Scottish Leaving Certificate Examination, 1959
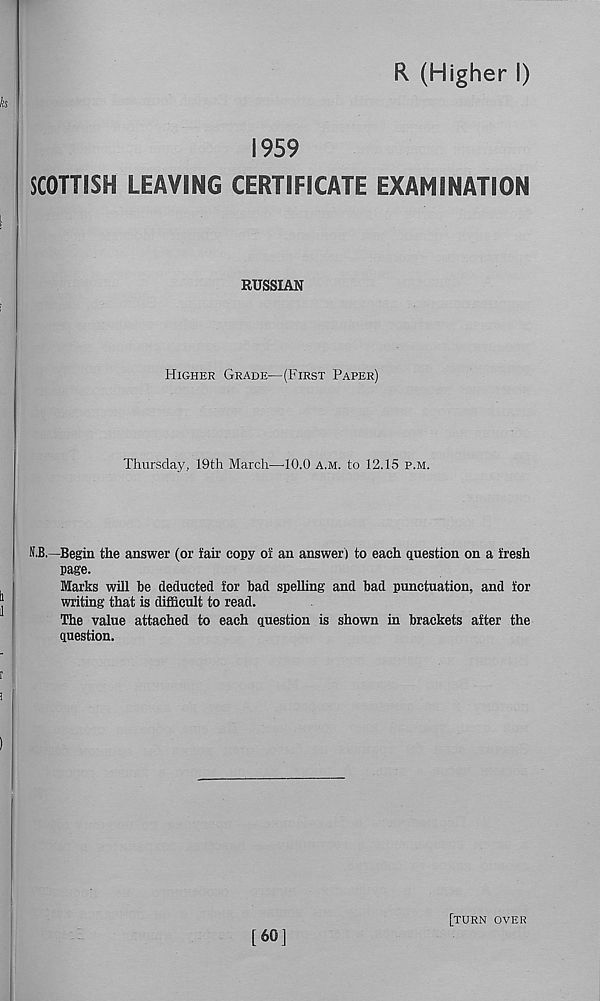
R (Higher I)
1959
SCOTTISH LEAVING CERTIFICATE EXAMINATION
RUSSIAN
Higher Grade—(First Paper)
Thursday, 19th March—10.0 a.m. to 12.15 p.m.
O.—Begin the answer (or fair copy of an answer) to each question on a fresh
page.
Marks will be deducted for bad spelling and bad punctuation, and for
writing that is difficult to read.
The value attached to each question is shown in brackets after the
question.
[turn over
[60]